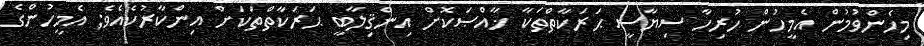
މިހެންވުމުން އެމީހުން ހުރިހާ ސިޔާސީ ޙަރަކާތްތަކާ ޚާއްޞަކޮށް އިންޤިލާބީ ޙަރަކާތްތަކަށް އިންކާރުކެއެވެ; އެމީހުންގެ